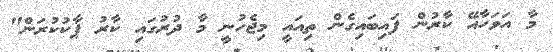
މާ އަވަހާއޭ ކާރުން ފައިބައިގެން ތިއައީ މިޖެހުނީ މާ ދުރުގައި ކާރު ޕާކުކުރަން"